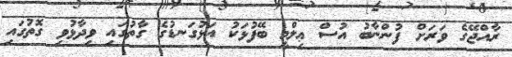
ރާއްޖޭގެ ވަރަށް ފުންނާބު އުސް ޢިލްމީ ބޭފުޅަކު އަޅުގަނޑުގެ ގާތުގައި ވިދާޅުވި ގޮތުގައި